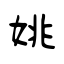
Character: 姚